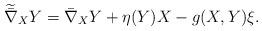
LaTeX: \begin{align*} \widetilde{\bar{\nabla}}_{X}Y= \bar{\nabla}_X Y+\eta(Y)X-g(X,Y)\xi.\end{align*}